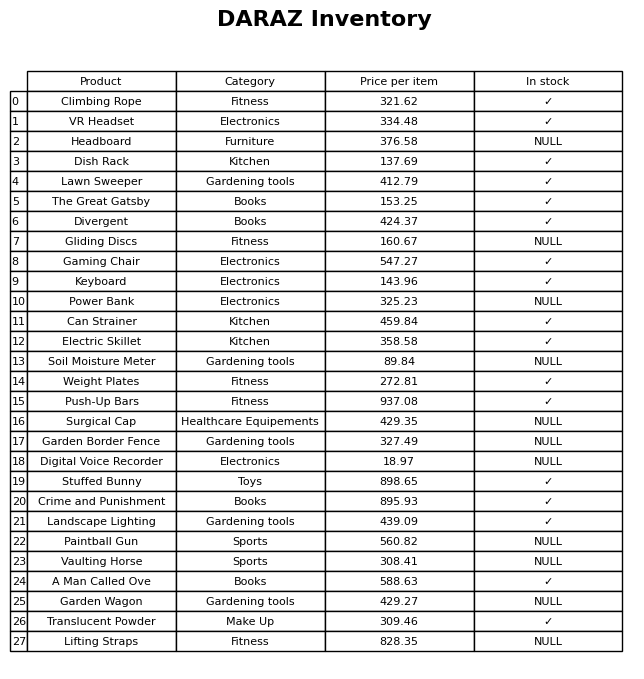
question: What is the price of the Lawn Sweeper?
answer: The price of Lawn Sweeper is 412.79.